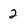
Character: 2